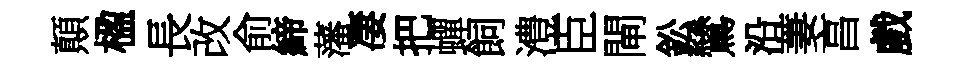
顛楹長改俞締藩凄把蟬飼澧臣閘鈆鷥沿萋亯戲